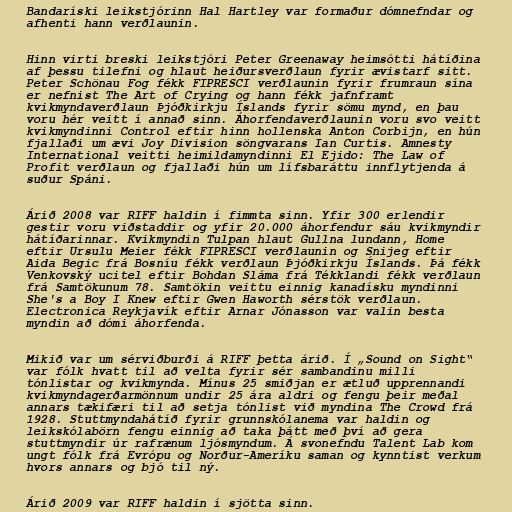
Bandaríski leikstjórinn Hal Hartley var formaður dómnefndar og
afhenti hann verðlaunin.

Hinn virti breski leikstjóri Peter Greenaway heimsótti hátíðina
af þessu tilefni og hlaut heiðursverðlaun fyrir ævistarf sitt.
Peter Schönau Fog fékk FIPRESCI verðlaunin fyrir frumraun sína
er nefnist The Art of Crying og hann fékk jafnframt
kvikmyndaverðlaun Þjóðkirkju Íslands fyrir sömu mynd, en þau
voru hér veitt í annað sinn. Áhorfendaverðlaunin voru svo veitt
kvikmyndinni Control eftir hinn hollenska Anton Corbijn, en hún
fjallaði um ævi Joy Division söngvarans Ian Curtis. Amnesty
International veitti heimildamyndinni El Ejido: The Law of
Profit verðlaun og fjallaði hún um lífsbaráttu innflytjenda á
suður Spáni.

Árið 2008 var RIFF haldin í fimmta sinn. Yfir 300 erlendir
gestir voru viðstaddir og yfir 20.000 áhorfendur sáu kvikmyndir
hátíðarinnar. Kvikmyndin Tulpan hlaut Gullna lundann, Home
eftir Ursulu Meier fékk FIPRESCI verðlaunin og Snijeg eftir
Aida Begic frá Bosníu fékk verðlaun Þjóðkirkju Íslands. Þá fékk
Venkovský ucitel eftir Bohdan Sláma frá Tékklandi fékk verðlaun
frá Samtökunum 78. Samtökin veittu einnig kanadísku myndinni
She's a Boy I Knew eftir Gwen Haworth sérstök verðlaun.
Electronica Reykjavík eftir Arnar Jónasson var valin besta
myndin að dómi áhorfenda.

Mikið var um sérviðburði á RIFF þetta árið. Í „Sound on Sight“
var fólk hvatt til að velta fyrir sér sambandinu milli
tónlistar og kvikmynda. Mínus 25 smiðjan er ætluð upprennandi
kvikmyndagerðarmönnum undir 25 ára aldri og fengu þeir meðal
annars tækifæri til að setja tónlist við myndina The Crowd frá
1928. Stuttmyndahátíð fyrir grunnskólanema var haldin og
leikskólabörn fengu einnig að taka þátt með því að gera
stuttmyndir úr rafrænum ljósmyndum. Á svonefndu Talent Lab kom
ungt fólk frá Evrópu og Norður-Ameríku saman og kynntist verkum
hvors annars og bjó til ný.

Árið 2009 var RIFF haldin í sjötta sinn.